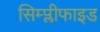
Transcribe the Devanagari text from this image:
सिम्प्लीफाइड